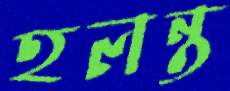
হলন্ত